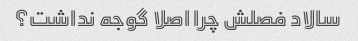
سالاد فصلش چرا اصلا گوجه نداشت؟